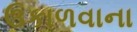
ઉકાળવાના